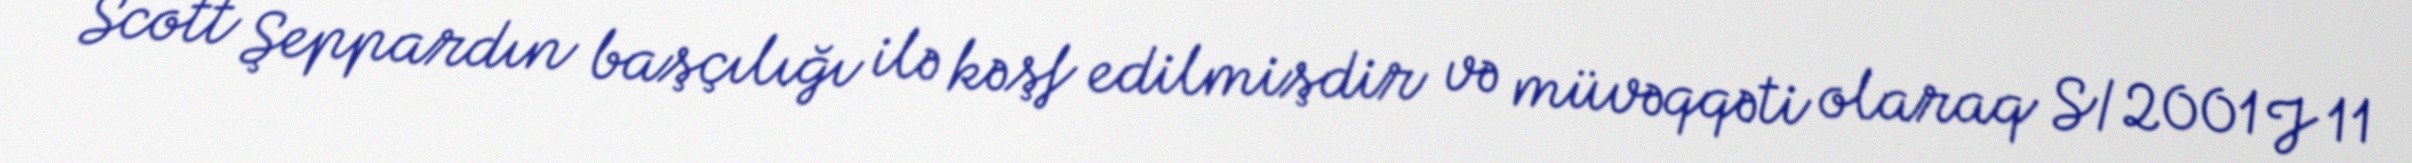
Scott Şeppardın başçılığı ilə kəşf edilmişdir və müvəqqəti olaraq S/2001 J 11